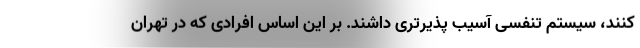
کنند، سیستم تنفسی آسیب پذیرتری داشند. بر این اساس افرادی که در تهران